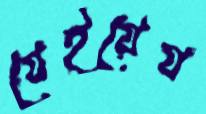
যেইয়েঘ